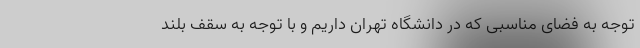
توجه به فضای مناسبی که در دانشگاه تهران داریم و با توجه به سقف بلند